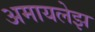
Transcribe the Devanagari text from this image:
अमायलेझ